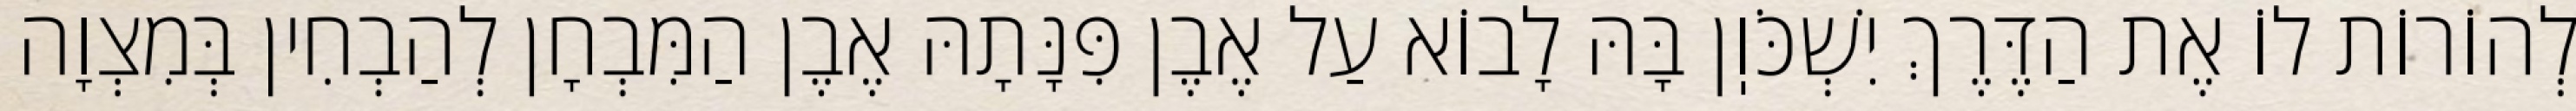
לְהוֹרוֹת לוֹ אֶת הַדֶּרֶךְ יִשְׁכֹּוֽן בָּהּ לָבוֹא עַל אֶבֶן פִּנָּתָהּ אֶבֶן הַמִּבְחָן לְהַבְחִין בְּמִצְוָה